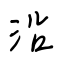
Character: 沿